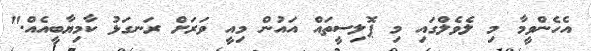
އެހެންވީމާ މި ލެވެލްގައި މި ޕޮލިސީތައް އައުން މިއީ ވަރަށް ރަނގަޅު ކާމިޔާބީއެއް."